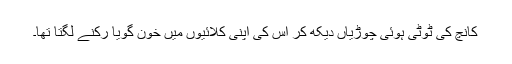
کانچ کی ٹوٹی ہوئی چوڑیاں دیکھ کر اس کی اپنی کلائیوں میں خون گویا رکنے لگتا تھا۔